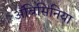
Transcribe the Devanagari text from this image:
अॅबिसिनिया